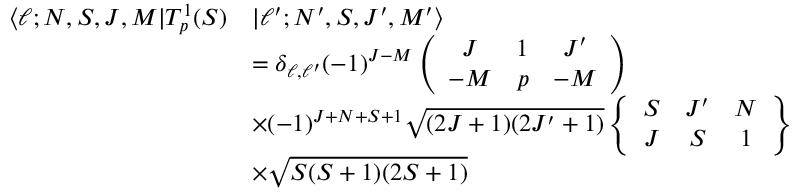
\begin{array} { r l } { \langle \ell ; N , S , J , M | T _ { p } ^ { 1 } ( S ) } & { | \ell ^ { \prime } ; N ^ { \prime } , S , J ^ { \prime } , M ^ { \prime } \rangle } \\ & { = \delta _ { \ell , \ell ^ { \prime } } ( - 1 ) ^ { J - M } \left( \begin{array} { c c c } { J } & { 1 } & { J ^ { \prime } } \\ { - M } & { p } & { - M } \end{array} \right) } \\ & { \times ( - 1 ) ^ { J + N + S + 1 } \sqrt { ( 2 J + 1 ) ( 2 J ^ { \prime } + 1 ) } \left\{ \begin{array} { c c c } { S } & { J ^ { \prime } } & { N } \\ { J } & { S } & { 1 } \end{array} \right\} } \\ & { \times \sqrt { S ( S + 1 ) ( 2 S + 1 ) } } \end{array}